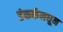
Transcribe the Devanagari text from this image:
डंकर्कमधून